Annual report on the working of the mental hospitals in the Madras Presidency - 1912-1932
Year: 1912
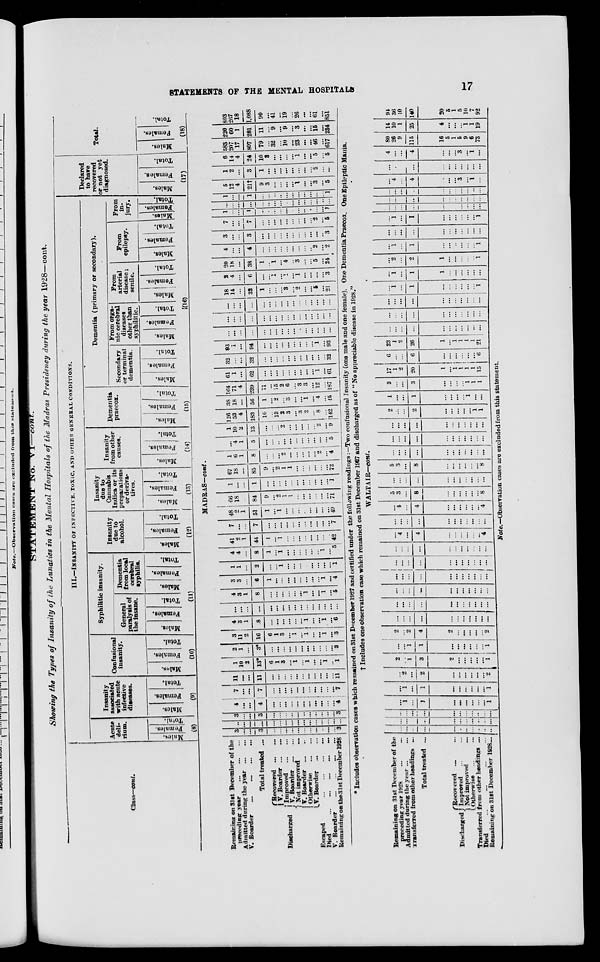
STATEMENTS OF THE MENTAL HOSPITALS
17
STATEMENT No. VI—cont.
Showing the Types of Insanity
of the Lunatics
in the Mental Hospitals
of the Madras Presidency
during the year 1928—cont.
Class—cont.
III.—INSANITY OF INFECTIVE, TOXIC, AND OTHER GENERAL CONDITIONS.
Acute
deli-
rium.
Males.
Females.
Total.
(8)
Insanity
associated
with acute
infective
diseases.
Males.
Females.
Total.
(9)
Confusional
insanity.
Males.
Females.
Total.
(10)
Syphilitic insanity.
General
paralysis of
the insane.
Males.
Females.
Total.
Dementia
from local
cerebral
syphilis.
Males.
Females.
Total.
(11)
Insanity
due to
alcohol.
Males.
Females.
Total.
(12)
Insanity
due to
Cannabis
Indica or its
preparations
or deriva-
tives.
Males.
Females.
Total.
(13)
Insanity
from other
causes.
Males.
Females.
Total.
(14)
Dementia
praecox.
Males.
Females.
Total.
(15)
Dementia (primary or secondary).
Secondary
or terminal
dementia.
Males.
Females.
Total.
From orga-
nic cerebral
diseases
other than
syphilitic.
Males.
Females.
Total.
From
arterial
disease;
senile.
Males.
Females.
Total.
From
epilepsy.
Males.
Females.
Total.
From
in-
jury.
Males.
Females.
Total.
(16)
Declared
to have
recovered
or not yet
diagnosed.
Males.
Females.
Total.
(17)
Total.
Males.
Females.
Total.
(18)
MADRAS—cont.
Remaining on 31st December of the
preceding year ... ... ...
Admitted during the year
...
...
V. Boarder
...
...
...
Total treated ...
Discharged
Recovered
...
...
V. Boarder
...
...
Improved ... ...
V. Boarder ... ...
Not improved... ...
V. Boarder
...
...
Otherwise
...
...
V. Boarder
...
...
Escaped ... ... ... ...
Died
...
...
...
...
...
V. Boarder ... ... ...
Remaining
on the 31st December 1928
3
...
...
3
...
...
...
...
...
...
...
...
...
...
...
3
..
...
...
...
...
...
...
...
...
...
...
...
...
...
...
...
3
...
...
3
...
...
...
...
...
...
...
...
...
...
...
3
4
...
...
4
...
...
...
...
...
...
...
...
...
...
...
4
7
...
...
7
...
...
...
...
...
...
...
...
...
...
...
7
11
...
...
11
...
...
...
...
...
...
...
...
...
...
...
11
1
10
2
13*
6
1
3
...
1
...
1
...
...
1
...
1
2
1
...
3*
...
...
... ...
...
...
...
...
...
...
...
3
3
11
2
16
6
1
3
...
1
...
1
...
...
1
...
3
4
...
1
8
...
...
... ...
...
...
1
...
...
1
...
6
...
...
...
...
...
...
... ...
...
...
...
...
...
...
...
...
4
3
1
8
...
...
... ...
...
...
1
...
...
1
...
5
3 3
...
6
1
...
... ...
...
...
...
...
...
1
...
4
1
1
...
2
...
...
1
...
...
...
...
...
...
...
...
1
4
4
...
8
1
...
1
...
...
...
...
...
...
1
...
5
41
2
1
44
1
...
1
...
...
...
...
...
...
...
...
42
7
...
...
7
...
...
...
...
...
...
...
...
...
...
...
7
48
2
1
51
1
...
1
...
...
...
...
...
...
...
...
49
66
18
...
84
9
...
2 1
1
...
...
...
...
...
...
71
1
...
...
1
...
...
...
...
...
...
...
...
...
...
...
1
67
18
...
85
9
...
2
1
1
...
...
...
...
...
...
72
1
6
1
8
...
...
...
2
...
...
...
...
...
2
...
4
...
4
1
5
...
...
...
..
...
...
...
...
...
...
...
5
1
10
2
13
...
...
...
2
...
...
...
...
...
2
...
9
126
53
4
183
10
...
13
2
3
...
3
2
...
8
...
142
38
18
...
56
1
...
2
...
3
...
...
1
...
4
...
45
164
71
4
239
11
...
15 2
6
...
3
3
...
12
...
187
61
1
...
62
...
...
...
...
...
...
...
...
...
1
...
61
32
...
...
32
...
...
...
...
...
...
...
...
...
...
...
32
93
1
...
94
...
...
...
...
...
...
...
...
...
1
...
93
...
...
...
...
...
...
...
...
...
...
...
...
...
...
...
...
...
...
...
...
...
...
...
...
...
...
...
...
...
...
...
...
...
...
...
...
...
...
...
...
...
...
...
...
...
...
...
...
18
14
...
32
1
...
... ...
3
...
2
...
...
5
...
21
2
4
...
6
...
...
1
...
1
...
1
...
...
...
...
3
20
18
...
38
1
...
1
...
4
...
3
...
...
5
...
24
4
...
...
4
...
...
...
...
...
...
...
...
...
2
...
2
3
...
...
3
...
...
...
...
...
...
...
...
...
...
...
3
7
...
...
7
...
...
...
...
...
...
...
...
...
2
...
5
1
...
...
1
...
...
...
..
...
...
...
...
...
...
...
1
...
...
...
...
...
...
...
....
...
...
...
...
...
...
...
...
1
...
...
l
...
...
...
...
...
....
...
...
...
...
...
1
5
12
4
21†
9
3
...
...
...
...
1
...
...
3
...
5
1
2
...
3
1
...
...
...
...
...
...
...
...
2
...
...
6
14
4
24
10
3
...
...
...
...
1
...
...
5
...
5
583
207
17
807
79
...
32 ...
10
...
23
...
...
46
...
617
220
60
1
281
11
...
9
...
9
...
3
...
...
15
...
234
803
267
18
1,088
90
...
41 ...
19
...
26
...
...
61
...
851
* Includes observation cases which remained on 31st December 1927 and certified under the following readings :—Two confusional Insanity (one male and one female). One Dementia Praecox. One Epileptic Mania.
† Includes one observation case which remained on 31st December 1927 and discharged as of "No appreciable disease in 1928.
WALTAIR—cont.
Remaining on 31st December of the
preceding year 1928 ... ...
Admitted during the year... ...
Transferred from other headings ...
Total treated ...
Discharged
Recovered ... ...
Improved ... ...
Not improved... ...
Otherwise... ...
Transferred from other headings ...
Died
...
...
...
...
Remaining on 31st December 1928...
...
...
...
...
...
...
...
...
...
...
...
...
...
...
...
...
...
...
...
...
...
...
...
...
...
...
...
...
...
...
...
...
...
1
...
1
...
...
...
...
...
...
l
...
1
...
l
...
...
...
...
...
...
1
...
2
...
2
...
...
...
...
...
2
2
...
1
3
2
...
...
...
...
...
1
...
...
1
1
...
...
...
...
...
... 1
2
...
2
4
2
...
...
...
...
...
2
...
...
...
...
...
...
...
...
...
...
...
...
...
...
...
...
...
...
...
...
...
...
...
...
...
...
...
...
...
...
...
...
...
...
...
...
...
...
...
...
...
...
...
...
...
...
...
...
...
...
...
...
...
...
...
...
...
...
...
...
...
...
...
...
...
...
...
4
...
4
...
...
...
...
...
...
4
...
...
...
...
...
...
...
...
...
...
...
...
4
...
4
...
...
..
...
...
...
4
5
3
...
8
...
...
...
...
...
...
8
...
...
...
...
...
...
...
...
...
...
...
5
3
...
8
...
...
...
...
...
...
8
...
...
...
...
...
...
...
...
...
...
...
...
...
...
...
...
...
...
...
...
...
...
...
...
...
...
...
...
...
...
...
...
...
2
...
...
2
...
...
...
...
...
1
1
1
...
...
1
...
...
...
...
1
...
...
3
...
...
3
...
...
...
...
1
1
1
17
1
2
20
1
...
1
1
1
1
15
6
...
...
6
...
...
...
...
...
6
23
1
2
26
1
...
1
1
1
1
21
...
...
...
...
...
...
...
...
....
...
...
...
...
...
...
...
...
...
...
...
...
...
...
...
...
...
...
...
...
...
...
...
...
...
1
...
1
...
...
...
...
...
...
1
...
1
...
1
l
...
...
...
...
...
...
...
2
...
2
1
...
...
...
...
...
1
...
1
...
1
...
..
...
...
...
...
1
...
...
...
...
...
...
...
...
...
...
...
...
1
...
I
...
...
...
....
...
...
1
...
...
...
...
...
...
...
...
...
...
...
...
...
...
...
...
...
...
...
...
...
...
...
...
...
...
...
...
...
...
...
...
...
...
4
...
4
...
...
...
3
...
1
...
...
...
...
...
...
...
...
...
...
...
...
4
...
...
4
...
...
...
3
...
1
...
80
26
9
115
16
5
1
5
9
6
73
14
10
1
25
4
...
...
...
1
1
19
94
36
10
140
20
5
1
5
10
7
92
Note.—Observation cases are excluded from this statement.